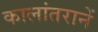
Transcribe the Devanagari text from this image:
कालांतरानें